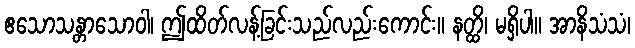
ဧသောသန္တာသောဝါ၊ ဤထိတ်လန့်ခြင်းသည်လည်းကောင်း။ နတ္ထိ၊ မရှိပါ။ အာနိသံသံ၊